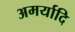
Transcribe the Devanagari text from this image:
अमर्यादि